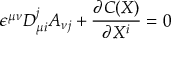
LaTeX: \epsilon ^ { \mu \nu } D _ { \mu i } ^ { j } A _ { \nu j } + \frac { \partial C ( X ) } { \partial X ^ { i } } = 0